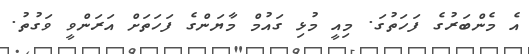
އެ މެންބަރުގެ ފަހަތުގަ. މިއީ މުޅި ގައުމް މާޔަންގެ ފަހަތަށް އަރަންވީ ވަގުތު.